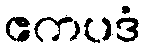
ဧကပဒံ